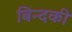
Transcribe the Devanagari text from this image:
बिन्‍दकी